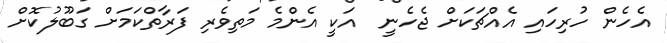
އެހެން ހުރިހައި އެއްޗަކަށް ޖެހެނީ  އަކީ އެންމެ މަތިވެރި ފަރާތްކަމަށް ގަބޫލުކޮށް